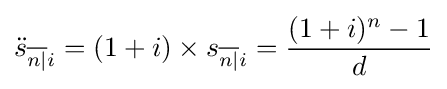
{\ddot {s}}_{{\overline {n|}}i}=(1+i)\times s_{{\overline {n|}}i}={\frac {(1+i)^{n}-1}{d}}